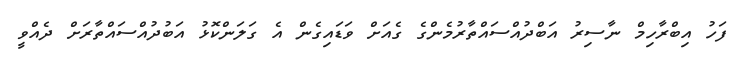
ފަހު އިބްރާހިމް ނާސިރު އަބްދުއްސައްތާރުމެންގެ ގެއަށް ވަޑައިގެން އެ ގަލަންކޮޅު އަބުދުއްސައްތާރަށް ދެއްވީ